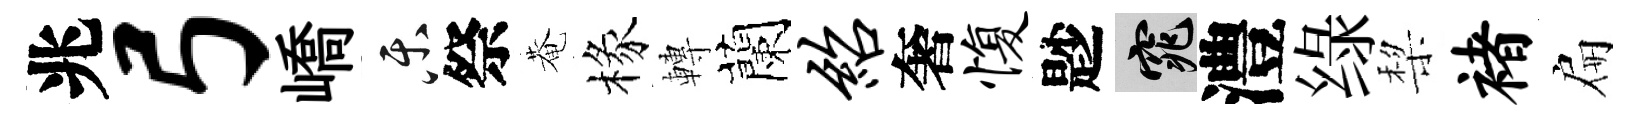
兆弓嶠乐祭菴椽轉蘭绍奢愎尟窕澧绿棃褚扁